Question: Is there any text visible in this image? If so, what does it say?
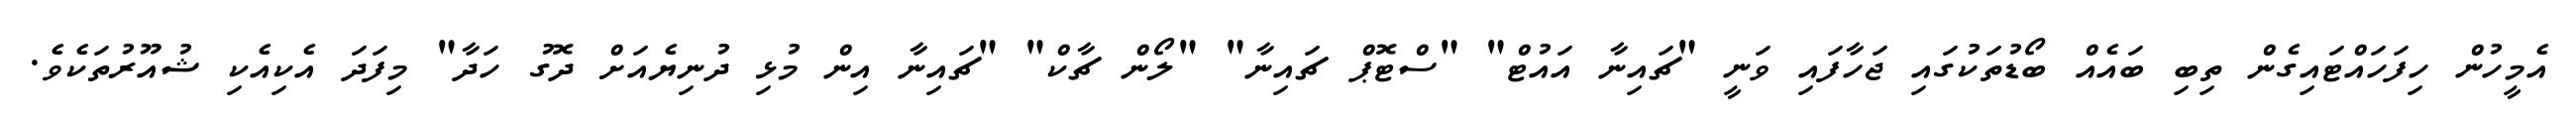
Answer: އެމީހުން ހިފަހައްޓައިގެން ތިބި ބައެއް ބޯޑުތަކުގައި ޖަހާފައި ވަނީ "ޗައިނާ އައުޓް" "ސްޓޮޕް ޗައިނާ" "ލޯން ޗާކް" "ޗައިނާ އިން މުޅި ދުނިޔެއަށް ދޮގު ހަދާ" މިފަދަ އެކިއެކި ޝުއޫރުތަކެވެ.